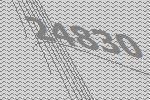
24830